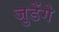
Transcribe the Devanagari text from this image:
जुडेंगे